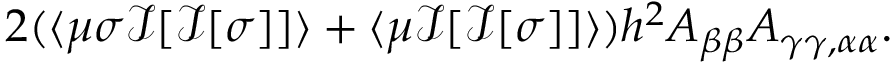
2 ( \langle \mu \sigma \mathcal { I } [ \mathcal { I } [ \sigma ] ] \rangle + \langle \mu \mathcal { I } [ \mathcal { I } [ \sigma ] ] \rangle ) h ^ { 2 } A _ { \beta \beta } A _ { \gamma \gamma , \alpha \alpha } .